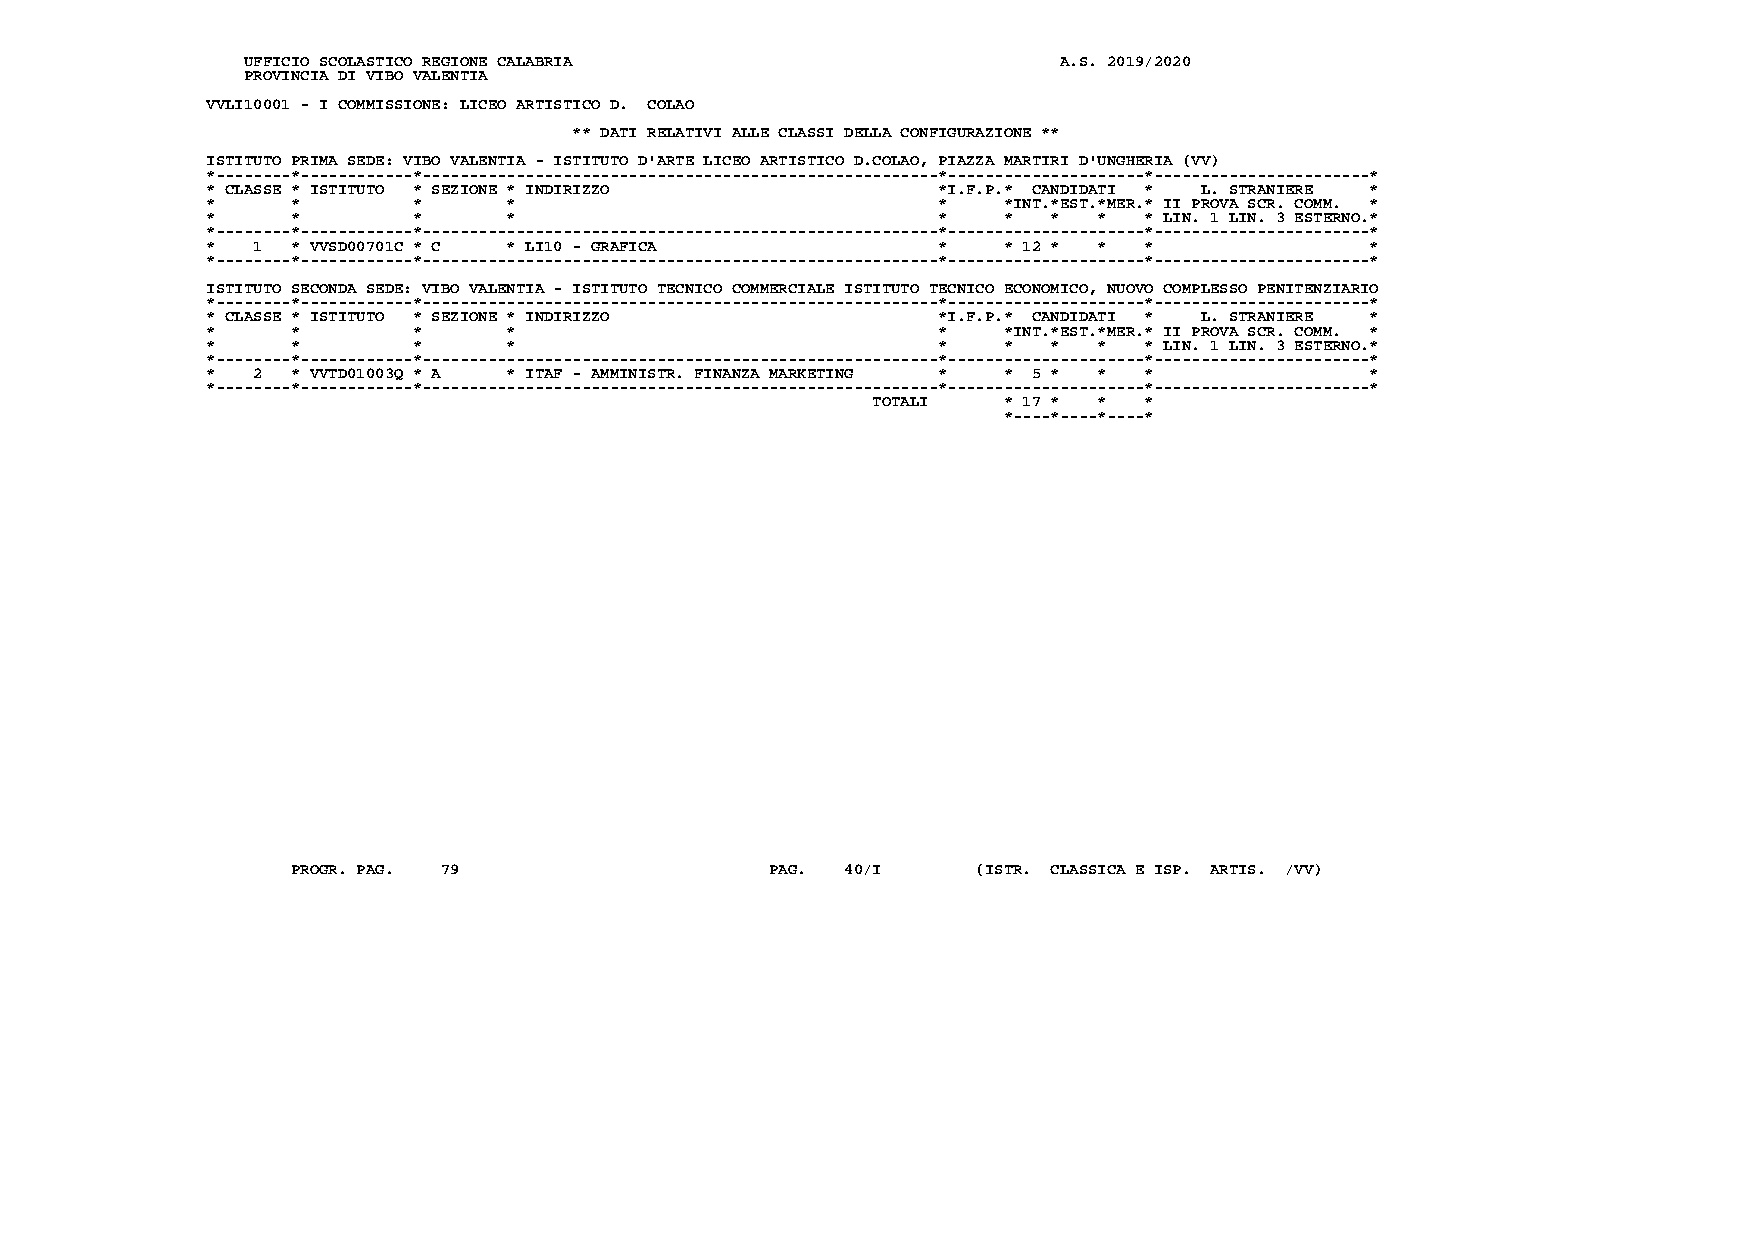
UFFICIO SCOLASTICO REGIONE CALABRIA                   A.S. 2019/2020
 PROVINCIA DI VIBO VALENTIA
 VVLI10001 - I COMMISSIONE: LICEO ARTISTICO D. COLAO
 ** DATI RELATIVI ALLE CLASSI DELLA CONFIGURAZIONE **
 ISTITUTO PRIMA SEDE: VIBO VALENTIA - ISTITUTO D'ARTE LICEO ARTISTICO D.COLAO, PIAZZA MARTIRI D'UNGHERIA (VV)
 *--------*------------*-------------------------------------------------------*---------------------*-----------------------*
 * CLASSE * ISTITUTO * SEZIONE * INDIRIZZO       *I.F.P.* CANDIDATI * L. STRANIERE *
 *    *       *      *                           *   *INT.*EST.*MER.* II PROVA SCR. COMM. *
 *    *       *      *                           *   *   *  *  * LIN. 1 LIN. 3 ESTERNO.*
 *--------*------------*-------------------------------------------------------*---------------------*-----------------------*
 *  1 * VVSD00701C * C * LI10 - GRAFICA          *   * 12 * *  *              *
 *--------*------------*-------------------------------------------------------*---------------------*-----------------------*
 ISTITUTO SECONDA SEDE: VIBO VALENTIA - ISTITUTO TECNICO COMMERCIALE ISTITUTO TECNICO ECONOMICO, NUOVO COMPLESSO PENITENZIARIO
 *--------*------------*-------------------------------------------------------*---------------------*-----------------------*
 * CLASSE * ISTITUTO * SEZIONE * INDIRIZZO       *I.F.P.* CANDIDATI * L. STRANIERE *
 *    *       *      *                           *   *INT.*EST.*MER.* II PROVA SCR. COMM. *
 *    *       *      *                           *   *   *  *  * LIN. 1 LIN. 3 ESTERNO.*
 *--------*------------*-------------------------------------------------------*---------------------*-----------------------*
 *  2 * VVTD01003Q * A * ITAF - AMMINISTR. FINANZA MARKETING * * 5 * * *      *
 *--------*------------*-------------------------------------------------------*---------------------*-----------------------*
 TOTALI  * 17 * *  *
 *----*----*----*
 PROGR. PAG. 79                  PAG. 40/I     (ISTR. CLASSICA E ISP. ARTIS. /VV)